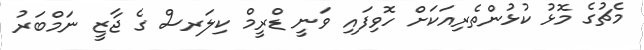
މެޗުގެ މޮޅު ކުޅުންތެރިއަކަށް ހޮވިފައި ވަނީ ޑްރީމް ކިލަރސް ގެ ޖާޒީ ނަމްބަރު